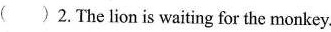
( )2.The lion is waiting for the monkey.